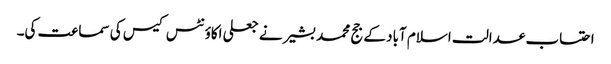
احتساب عدالت اسلام آباد کے جج محمد بشیر نے جعلی اکاؤنٹس کیس کی سماعت کی۔